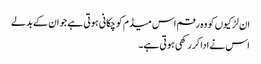
ان لڑکیوں کو وہ رقم اس میڈم کو چکانی ہوتی ہے جو ان کے بدلے
اس نے ادا کر رکھی ہوتی ہے۔